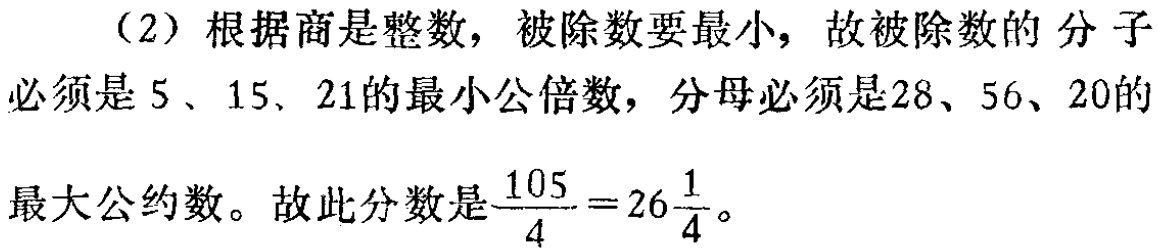
（2）根据商是整数，被除数要最小，故被除数的 分子必须是 5 、15、21的最小公倍数，分母必须是28、56、20的最大公约数。故此分数是$\frac{105}{4}=26\frac{1}{4}$。